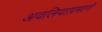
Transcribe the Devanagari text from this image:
अवलियाप्रमाणे